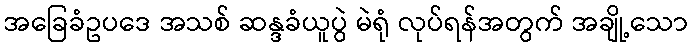
အခြေခံဥပဒေ အသစ် ဆန္ဒခံယူပွဲ မဲရုံ လုပ်ရန်အတွက် အချို့သော